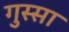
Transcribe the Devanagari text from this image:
गुस्‍सा